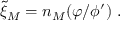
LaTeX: { \widetilde \xi } _ { M } = n _ { M } ( \varphi / \phi ^ { \prime } ) ~ .